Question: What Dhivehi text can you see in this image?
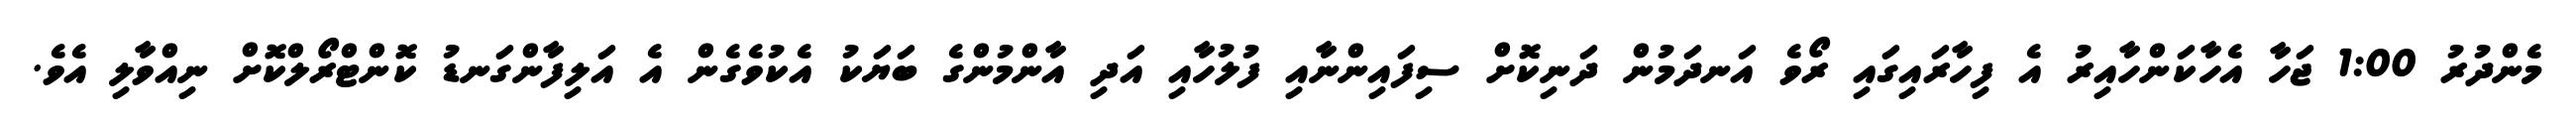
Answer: މެންދުރު 1:00 ޖަހާ އެހާކަންހާއިރު އެ ފިހާރައިގައި ރޯވެ އަނދަމުން ދަނިކޮށް ސިފައިންނާއި ފުލުހާއި އަދި އާންމުންގެ ބަޔަކު އެކުވެގެން އެ އަލިފާންގަނޑު ކޮންޓްރޯލްކޮށް ނިއްވާލި އެވެ.